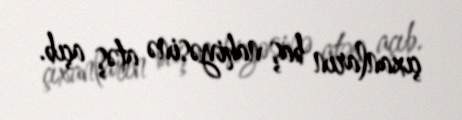
çıxanların baş nahiyəsinə atəş açıb.